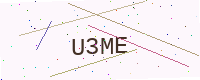
Text: U3ME